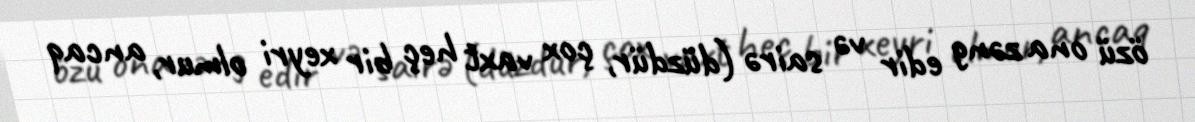
özü ona zəng edir və sairə (düzdür, çox vaxt heç bir xeyri olmur, ancaq